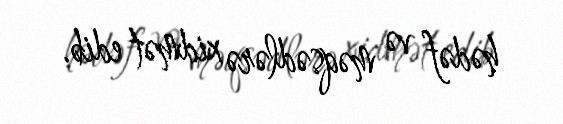
hədəf və məqsədlərə xidmət edib.